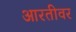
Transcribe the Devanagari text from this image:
आरतीवर